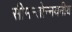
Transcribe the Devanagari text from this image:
सीमन्तोन्नयनीय